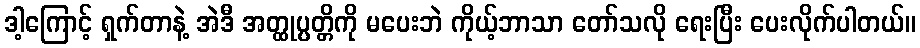
ဒါ့ကြောင့် ရှက်တာနဲ့ အဲဒီ အတ္ထုပ္ပတ္တိကို မပေးဘဲ ကိုယ့်ဘာသာ တော်သလို ရေးပြီး ပေးလိုက်ပါတယ်။